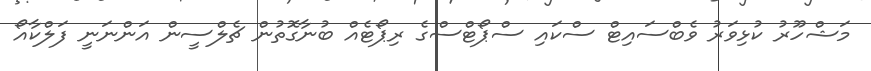
މަޝްހޫރު ކުޅިވަރު ވެބްސައިޓް ސްކައި ސްޕޯޓްސްގެ ރިޕޯޓެއް ބުނާގޮތުން ޗެލްސީން އަންނަނީ ފަލްކާއޯ